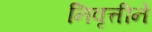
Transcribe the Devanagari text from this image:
निवृत्तीने